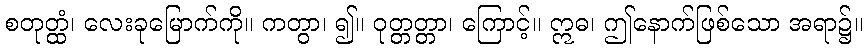
စတုတ္ထံ၊ လေးခုမြောက်ကို။ ကတွာ၊ ၍။ ဝုတ္တတ္တာ၊ ကြောင့်။ ဣဓ၊ ဤနောက်ဖြစ်သော အရာ၌။